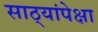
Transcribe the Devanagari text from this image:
साठ्यांपेक्षा